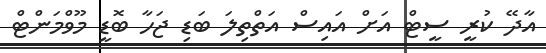
އާދޭ ކުރީ ސީޓް އަށް އައިސް އަތްތިލަ ބަޑި ޖަހާ ބޮޑީ މޫވްމަންޓް